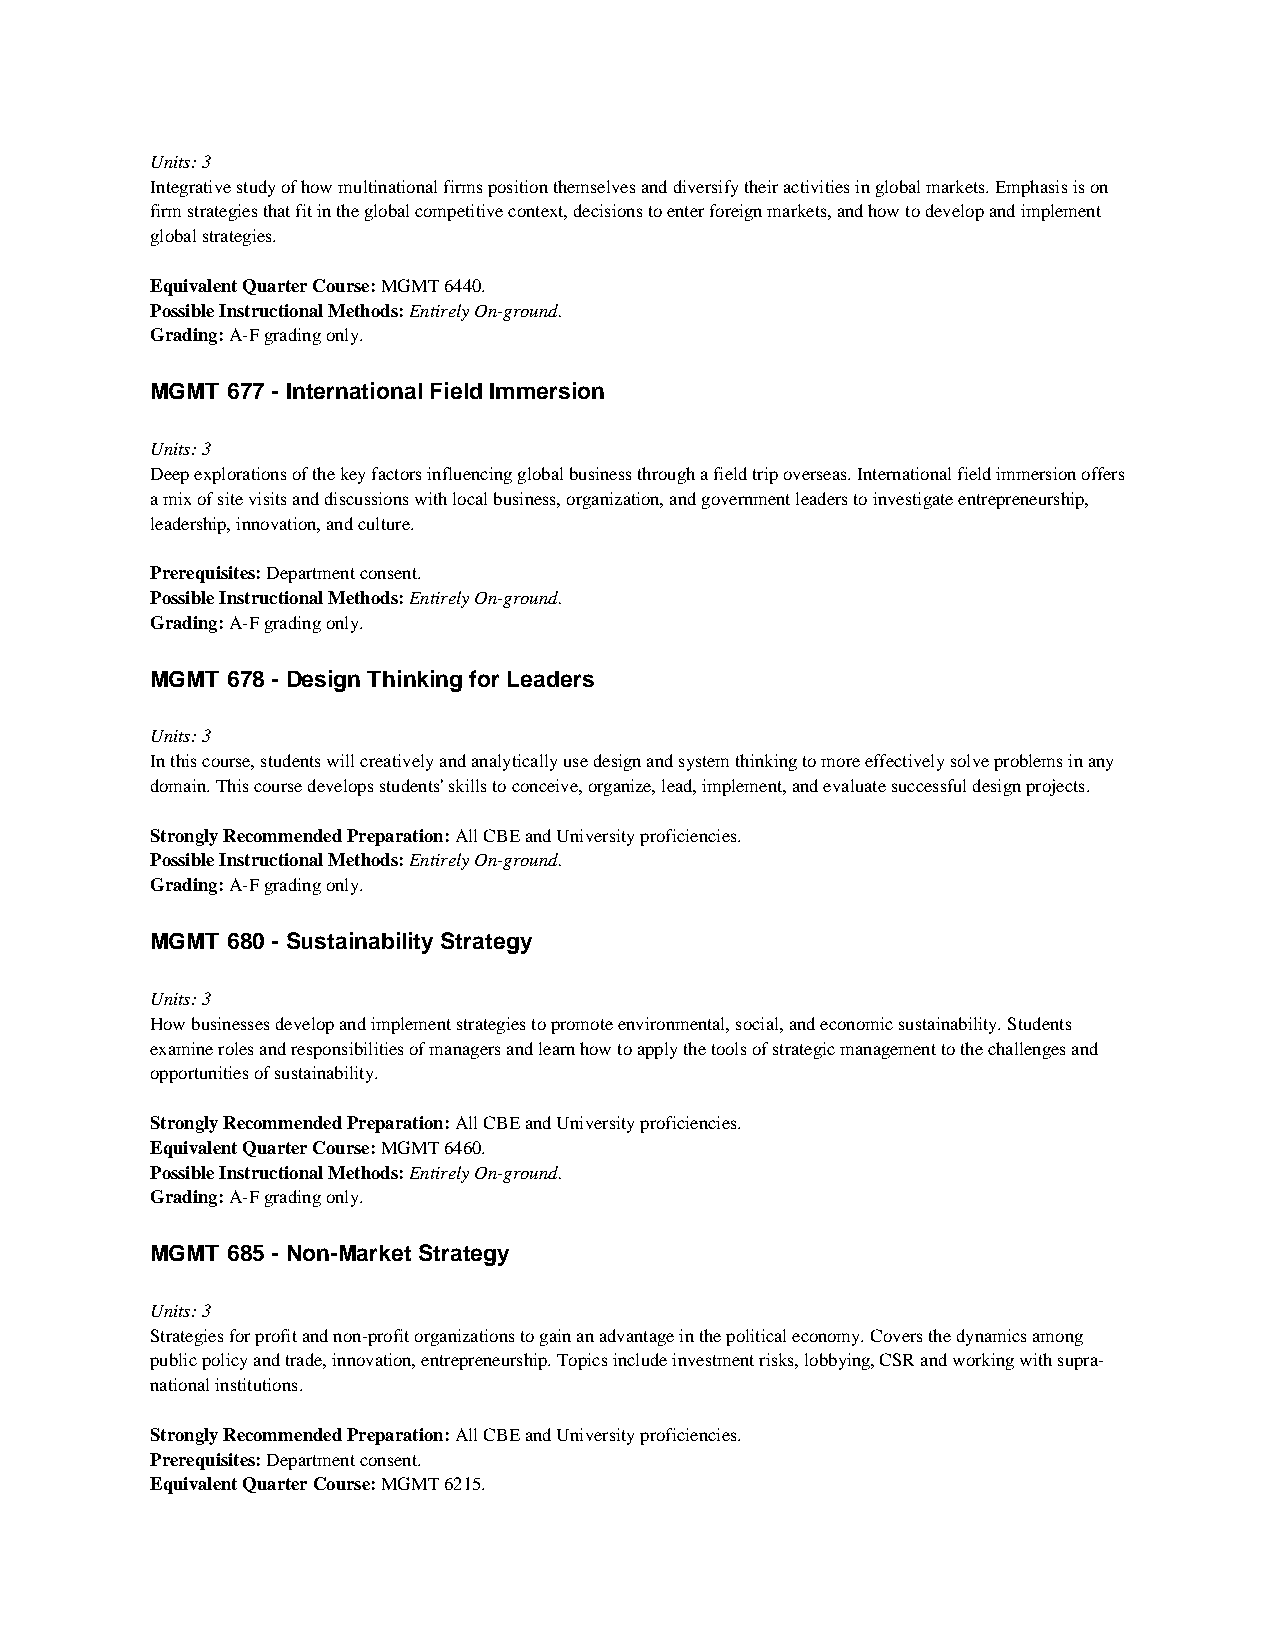
Units: 3
 Integrative study of how multinational firms position themselves and diversify their activities in global markets. Emphasis is on
 firm strategies that fit in the global competitive context, decisions to enter foreign markets, and how to develop and implement
 global strategies.
 Equivalent Quarter Course: MGMT 6440.
 Possible Instructional Methods: Entirely On-ground.
 Grading: A-F grading only.
 MGMT 677 - International Field Immersion
 Units: 3
 Deep explorations of the key factors influencing global business through a field trip overseas. International field immersion offers
 a mix of site visits and discussions with local business, organization, and government leaders to investigate entrepreneurship,
 leadership, innovation, and culture.
 Prerequisites: Department consent.
 Possible Instructional Methods: Entirely On-ground.
 Grading: A-F grading only.
 MGMT 678 - Design Thinking for Leaders
 Units: 3
 In this course, students will creatively and analytically use design and system thinking to more effectively solve problems in any
 domain. This course develops students' skills to conceive, organize, lead, implement, and evaluate successful design projects.
 Strongly Recommended Preparation: All CBE and University proficiencies.
 Possible Instructional Methods: Entirely On-ground.
 Grading: A-F grading only.
 MGMT 680 - Sustainability Strategy
 Units: 3
 How businesses develop and implement strategies to promote environmental, social, and economic sustainability. Students
 examine roles and responsibilities of managers and learn how to apply the tools of strategic management to the challenges and
 opportunities of sustainability.
 Strongly Recommended Preparation: All CBE and University proficiencies.
 Equivalent Quarter Course: MGMT 6460.
 Possible Instructional Methods: Entirely On-ground.
 Grading: A-F grading only.
 MGMT 685 - Non-Market Strategy
 Units: 3
 Strategies for profit and non-profit organizations to gain an advantage in the political economy. Covers the dynamics among
 public policy and trade, innovation, entrepreneurship. Topics include investment risks, lobbying, CSR and working with supra-
 national institutions.
 Strongly Recommended Preparation: All CBE and University proficiencies.
 Prerequisites: Department consent.
 Equivalent Quarter Course: MGMT 6215.